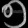
Digit: ၅